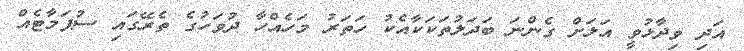
އަދި ވިދާޅުވީ އަލަށް ގެންނަ ބަދަލުތަކަކާއެކު ހަތަރު މަހެއްހާ ދުވަހުގެ ތެރޭގައި ސުޕަމާޓެއް